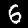
Digit: 6